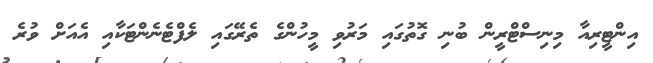
އިންޓީރިއާ މިނިސްޓްރީން ބުނި ގޮތުގައި މަރުވި މީހުންގެ ތެރޭގައި ލެފްޓެނެންޓަކާއި އެއަށް ވުރެ